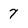
Character: 7